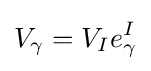
V_{\gamma }=V_{I}e_{\gamma }^{I}